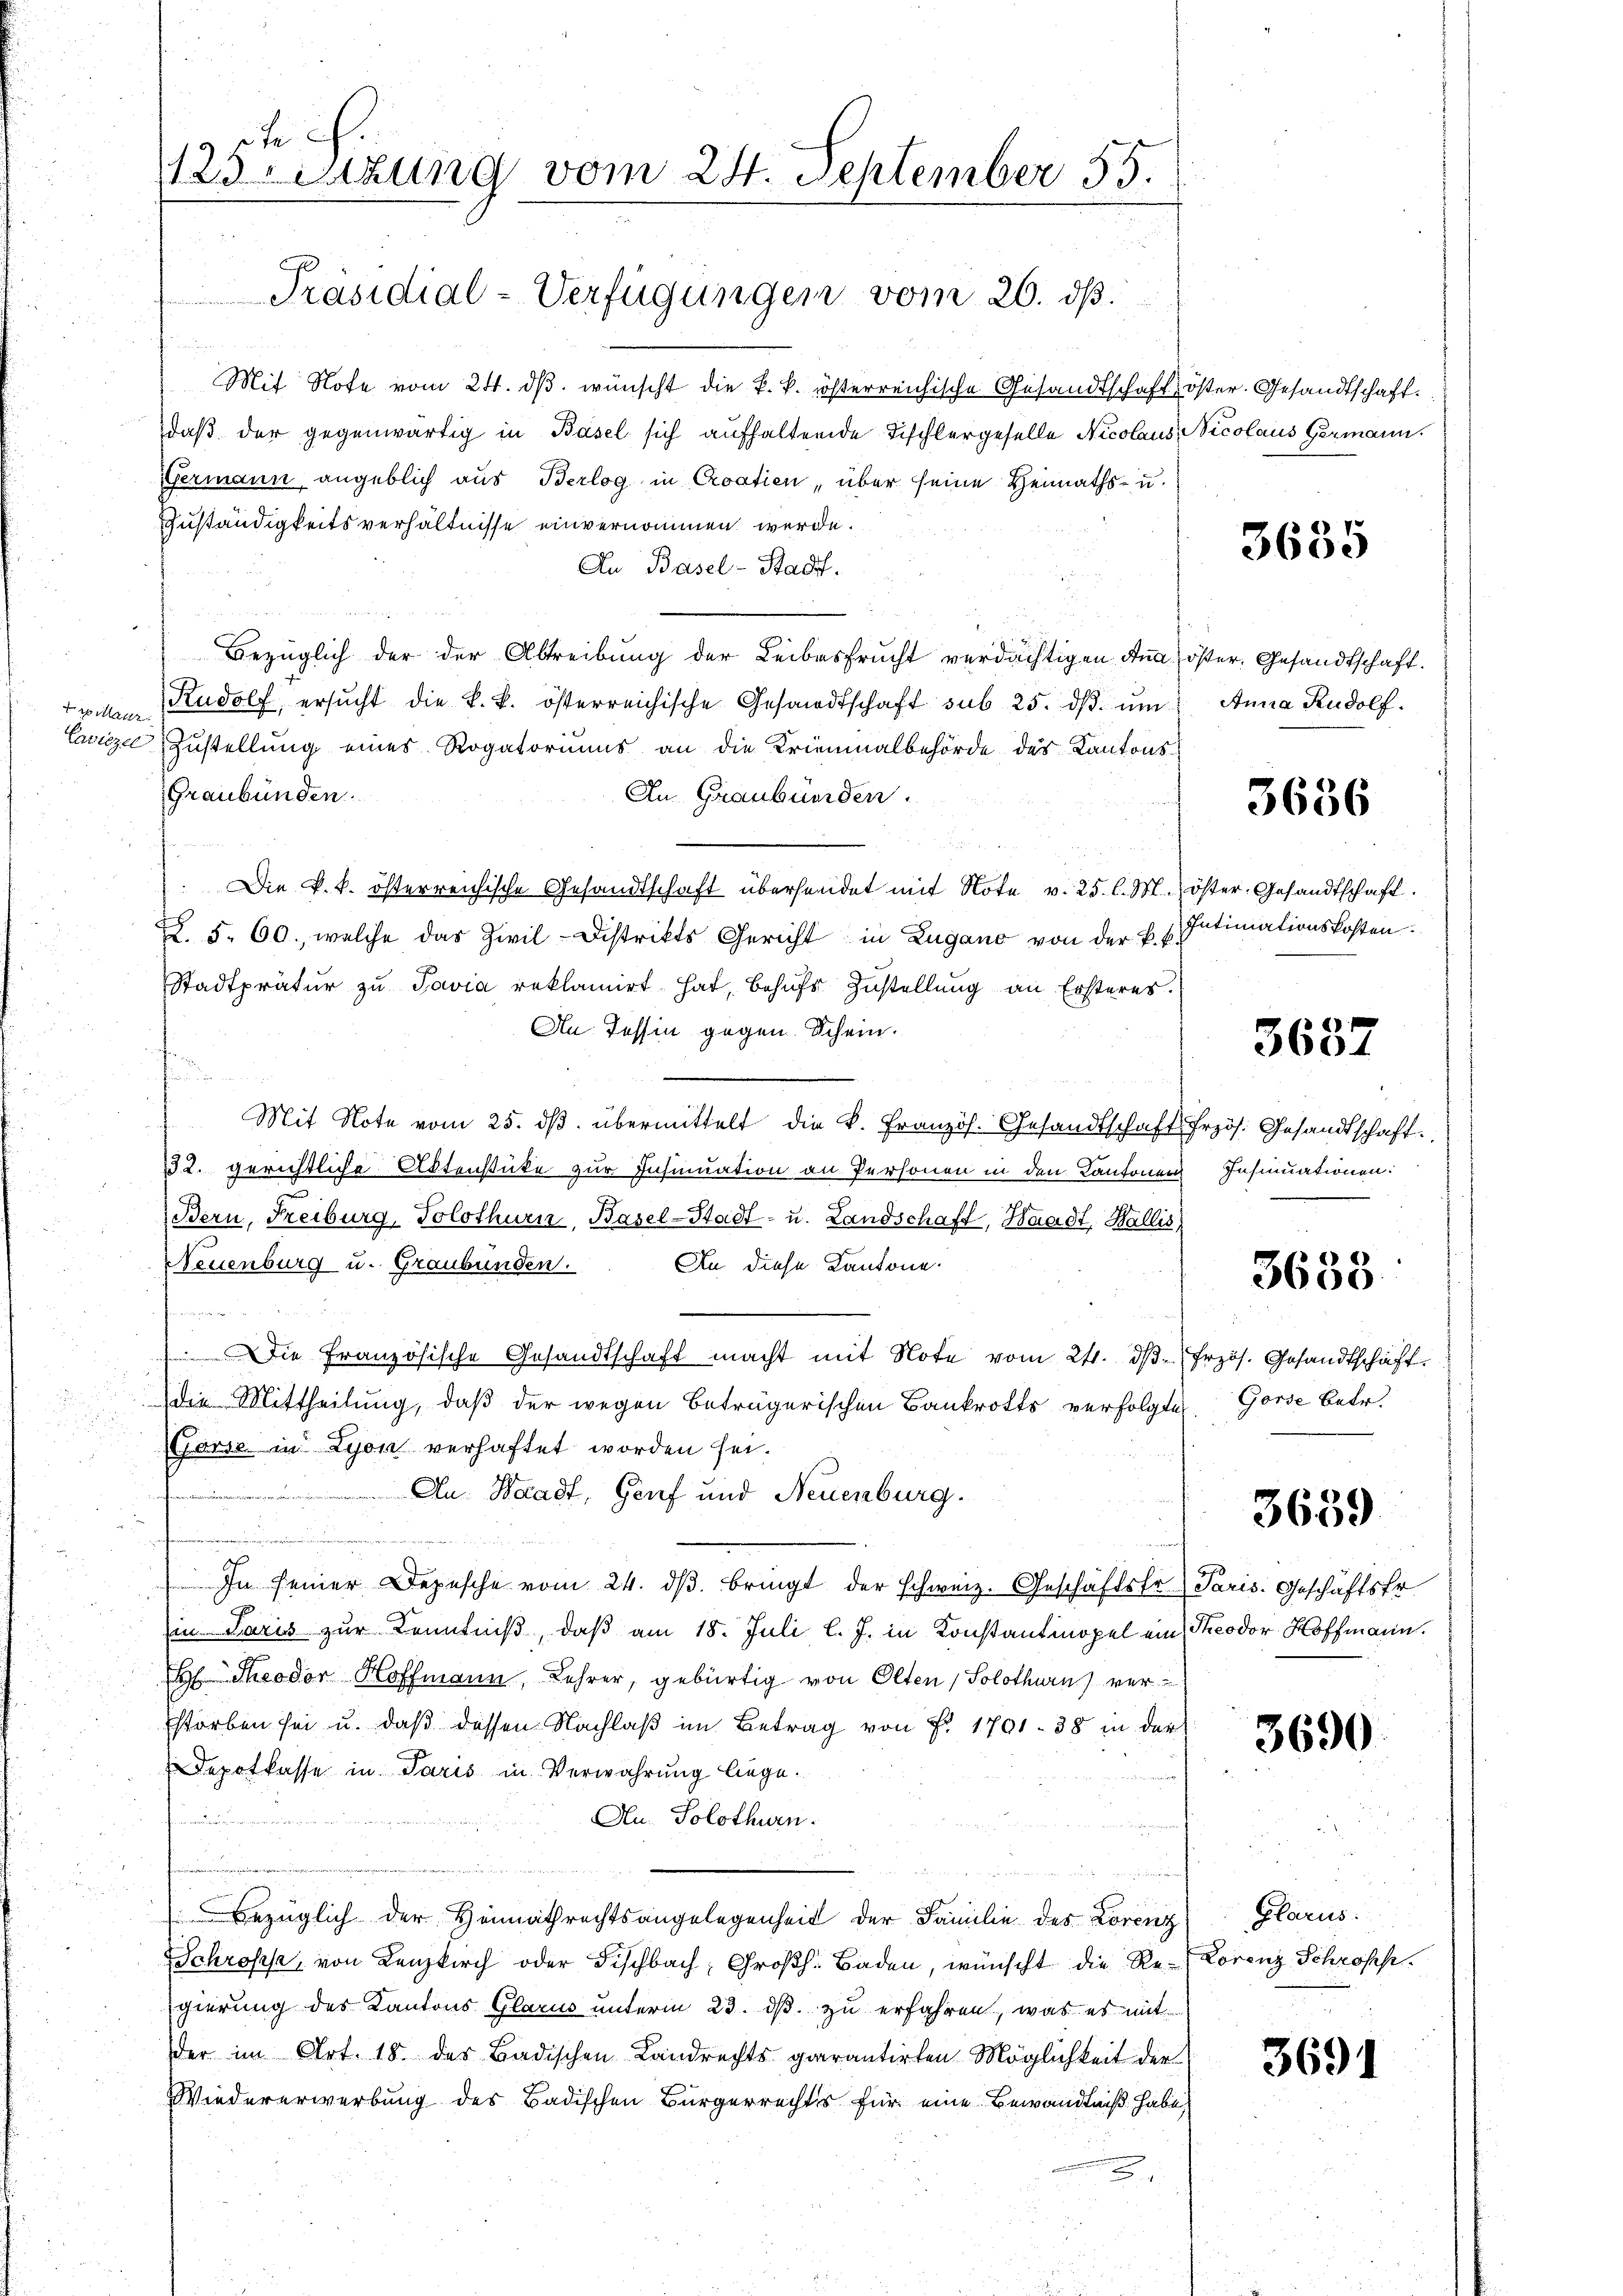
tris Manz

Mit Note vom 24. dβ. wünscht die k. k. österreichische Gesandtschaft öster. Gesandtschaft.
daß der gegenwärtig in Basel sich aufhaltende Fischlergeselle Nicolaus Nicolaus Germann.
Germann angeblich aus Berlog in Croatien, über seine Heimaths- u.
Zuständigkeitsverhältnisse einvernommen werde.
An Basel-Stadt.
Bezüglich der der Abtreibung der Leibesfrucht verdächtigen Ana) öster, Gesandtschaft.
Rudolf, ersŭcht die k. k. österreichische Gesandtschaft sub 25. dβ. ŭm
Lavize Zustellung eines Rogatoriums an die Krienmalbehörde des Kantons¬
Graubünden.
An Graubünden.
Die k. k. österreichische Gesandtschaft überhandet mit Note v. 25 l. M. öster Gesandtschaft.
X. 5. 60., welche das Zivil-Distrikts Gericht in Zugano von der k. k.
Stadtprätŭr zŭ Pavia reklamirt hat, behŭfs Zustellŭng an Ersteres.
An Tessin gegen Schein.

s
Mit Note vom 25. ds. übermittelt die k. Französ. Gesandtschaft frzös. Gesandtschaft
132. gerichtliche Aktenstüke zur Insinuation an Personen in den Kantonen
Bern, Freiburg, Solothurn, Basel-Stadt- u. Landschaft, Waadt, Wallis,
Neuenburg u. Graubünden. An diese Kantone
e
) Die Französische Gesandtschaft macht mit Note vom 24. dβ frzös. Gesandtschäft
die Mittheilung, daß der wegen beträgerischen Bankrotts verfolgte Gorse betr.
(Gerse in Lyon verhaftet worden sei.
An Waadt, Genf und Neuenburg.
eier wie
In seiner Depesche vom 24. dβ bringt der schweiz. Geschäftstr. Paris. Geschäftsfr.
in Paris zur Kenntniß, daß am 18. Juli l. J. in Konstantmopel ein Theodor Hoffmann.
 Theodor Hoffmann, Lehrer, gebürtig von Olten / Solothurn ver¬
Estorben sei u. daß dessen Nachlaß im Betrag von Fr. 1701. 38 in der
Depotkasse in Paris in Verwahrung liege.
Au. Solothurn.
Bezüglich der Heimathrechtsangelegenheit der Familie des Lorenz
Schroffe, von Lenzkirch oder Fischbach, Großh. Baden, wünscht die Re- Lorenz Schrösch
gierung des Kantons Glarus unterm 23. ds. zu erfahren, was es mit
der im Art. 18. des Badischen Landrechts garantirten Möglichkeit der
Wiedererwerbung des Badischen Bürgerrechts für eine Bewandtniß habe,

d S.
123-sizung vom 24. September 55.

Präsidial-Verfügungen vom 26. ds.

3635

Anna Rudolf.

3656

Intimationskosten.

3637

Insinuationen:

3638.

3659

3690

Glarus.

3691